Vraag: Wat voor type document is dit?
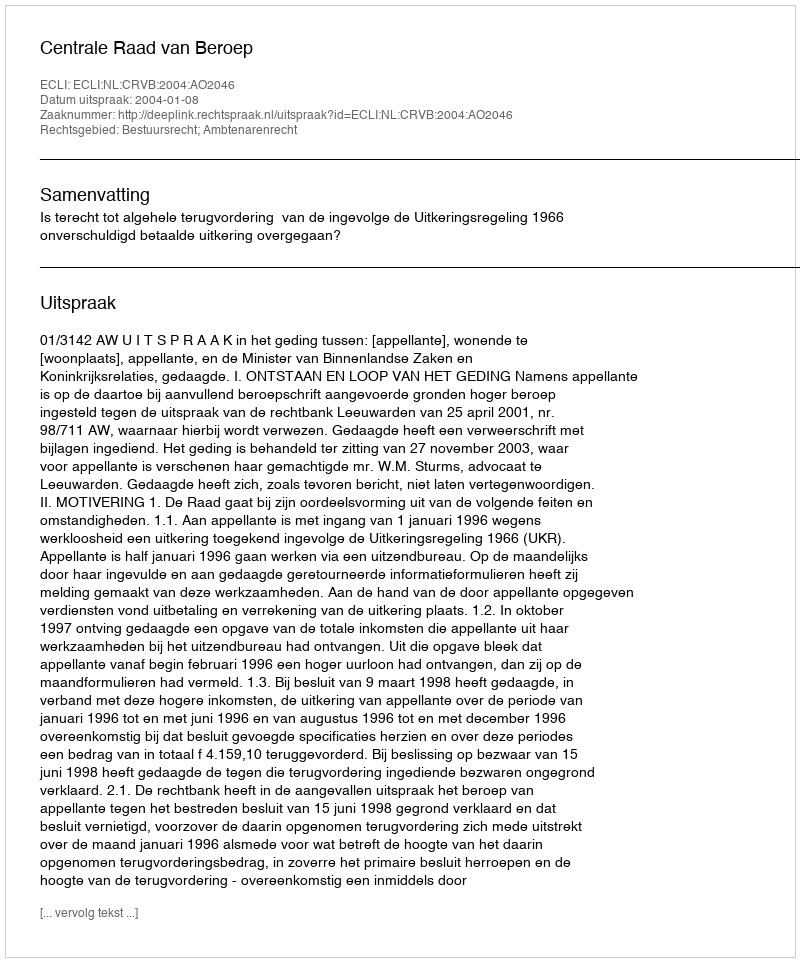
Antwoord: Uitspraak